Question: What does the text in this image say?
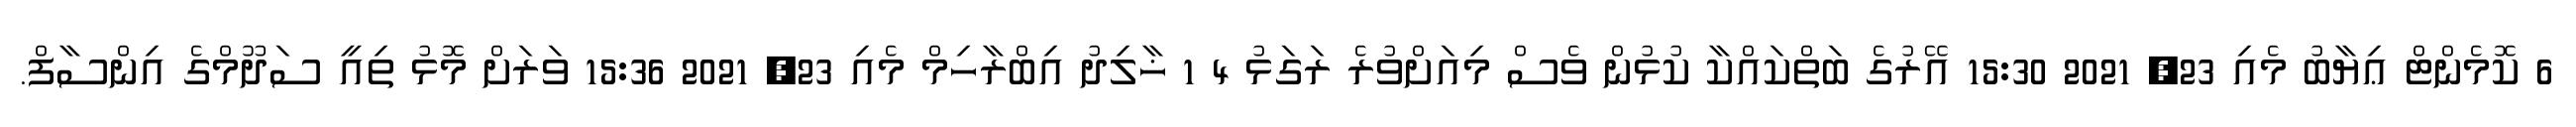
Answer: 6 ކޮމެންޓް ޢިޔާބު މެއި 23, 2021 15:30 އޭރުގެ ބަތްކައްކާ ކުޅުން ވެސް މިއަށްވުރެ ރަގަޅު 4 1 ޚާލިދު އިބްރާހިމް މެއި 23, 2021 15:36 ވަރަށް މޮޅު ތިއީ ސަދޫމްގެ އިންސާފް.